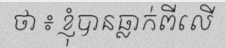
ថា ៖ ខ្ញុំបានធ្លាក់ពីលើ